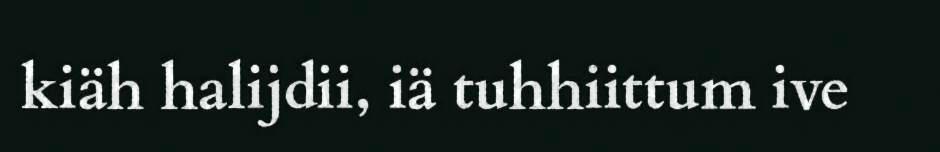
kiäh halijdii, iä tuhhiittum ive